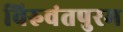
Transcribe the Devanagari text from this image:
विरुवंतपुरम